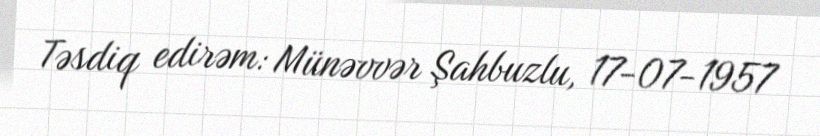
Təsdiq edirəm: Münəvvər Şahbuzlu, 17-07-1957